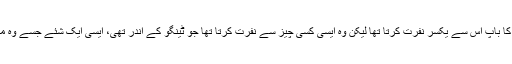
ایسا نہیں ہے کہ ٹینگو کا باپ اس سے یکسر نفرت کرتا تھا لیکن وہ ایسی کسی چیز سے نفرت کرتا تھا جو ٹینگو کے اندر تھی، ایسی ایک شئے جسے وہ معاف نہیں کر سکتا تھا۔